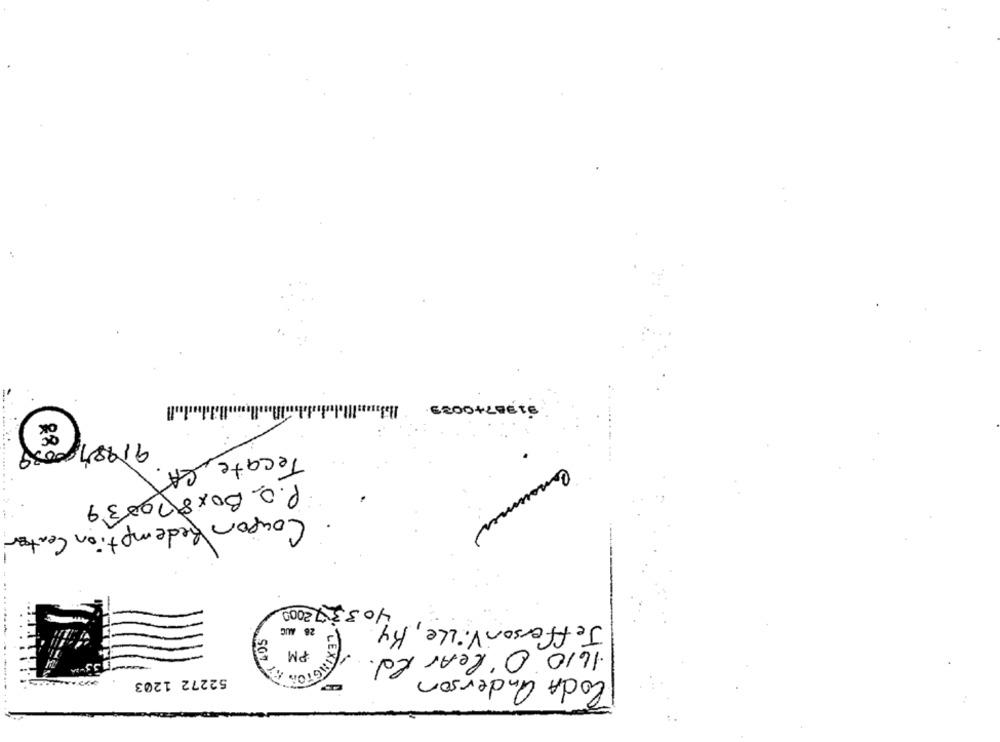
31987+0083
(8)
9198700089
Tecate CA
P.O. Box820039
Coupon Redemption Center
403372000
Jefferson Ville, Ky,
PM 3)
28 AUG
1610 O' lear Rd.
CodA anderson
52272 1203
N. LEXTHE